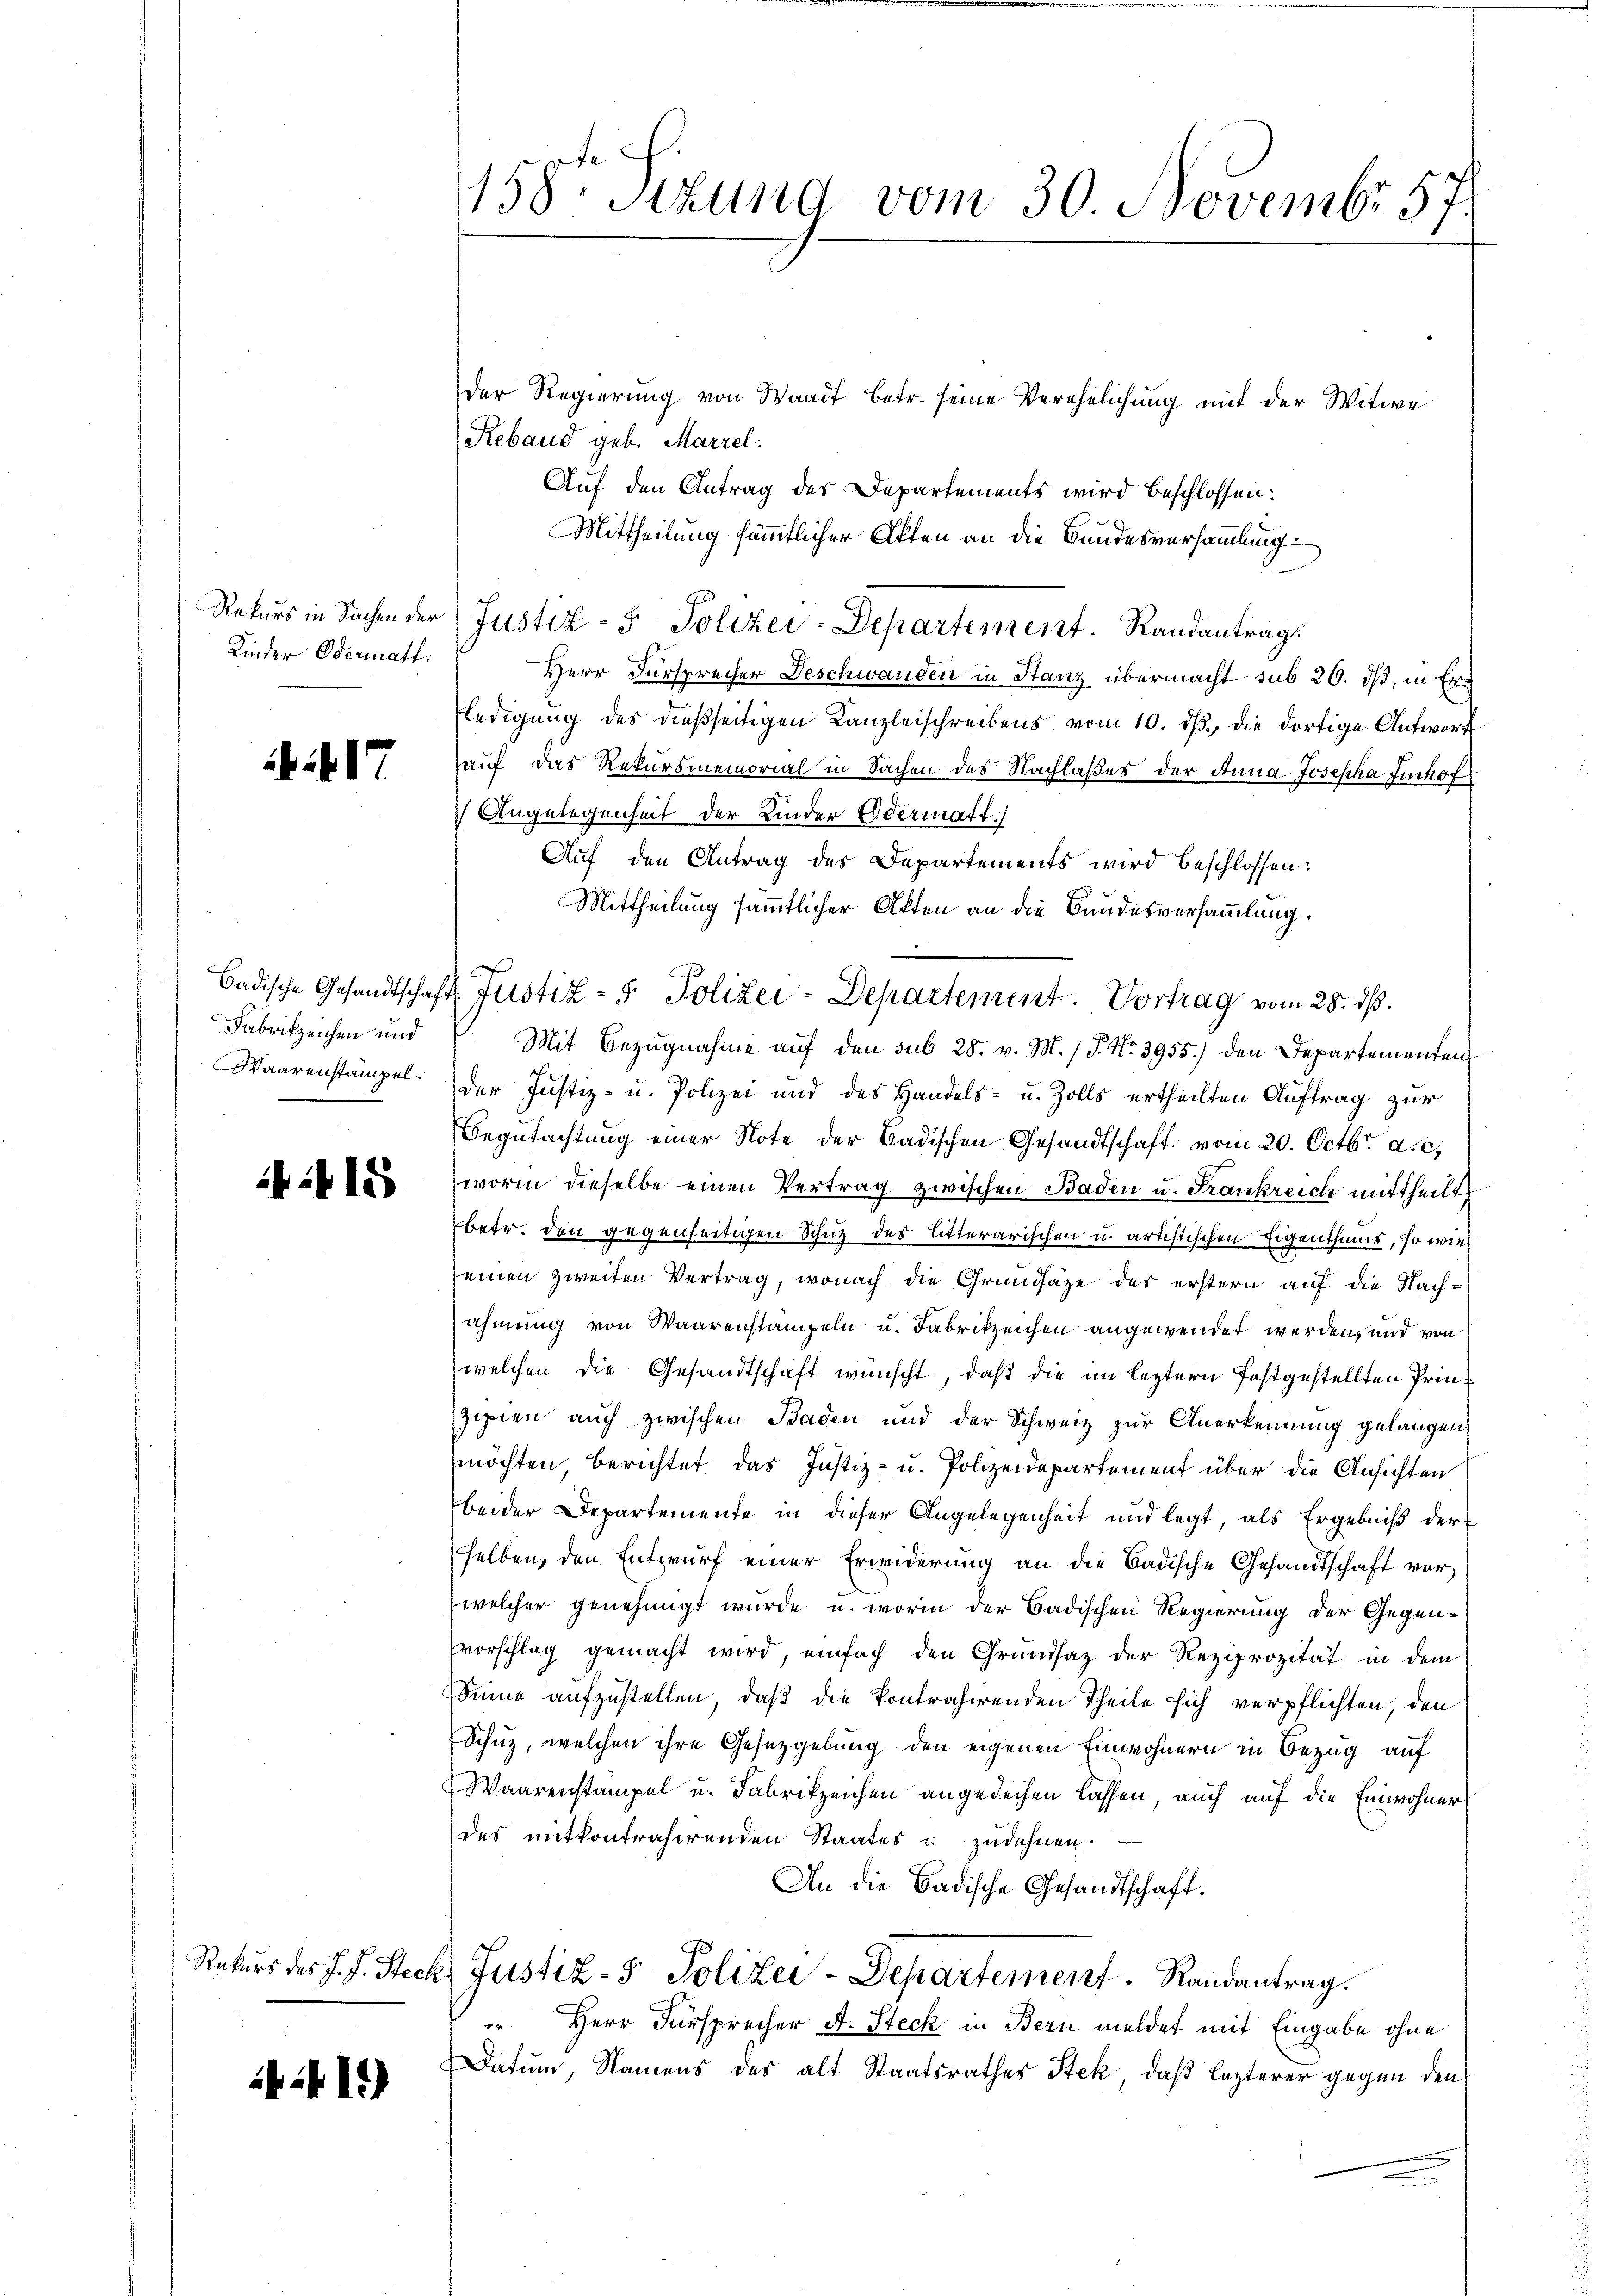
Kinder Odermatt.

it17

Fabrikzeichen und
Waarenstampel.

:415

12)

158. Stund vom 30 Novembr 57.

Der Regierung von Waadt betr. seine Verehelichung mit der Witwe
Reband geb. Marzel.
Auf den Antrag der Departements wird beschlossen:
Mittheilung sämmtlicher Akten an die Bundesversammlung
Rekurs in Sachen der Justiz- & Polizei-Departement. Randantrag.
Herr Fürsprecher Deschwanden in Stanz übermacht sub 20. dß, in Er¬
Eledigung des dießseitigen Kanzleischreibens vom 10. dβ, die dortige Antworf
auf das Rekursmemorial in Sachen des Nachlaßes der Anna Josepha Fuchof
 Angelegenheit der Kinder Edermatt.
Auf den Antrag des Departements wird beschlossen:
Mittheilung sämmtlicher Akten an die Bundesversammlung.
Badische Gesandtschaft Justiz- & Polizei-Departement. Vortrag vom 28. ds.
Mit Bezugnahme auf den sub 28. v. M. (T. No. 3955.) den Departementen
der Justiz- u. Polizei und des Handels- u. Zolls ertheilten Auftrag zur
Begutachtung einer Note der Badischen Gesandtschaft vom 20. Octbr. a. c.
worin dieselbe einen Vertrag zwischen Baden u. Frankreich mittheilt
betr. den gegenseitigen Schutz des Litterarischen u. artistischen Eigenthums, so wie
seinen zweiten Vertrag, wonach die Grundsätze des erstern auf die Nachahmung von Waarenstampeln u. Fabrikzeichen angewendet werden, und von
welchen die Gesandtschaft wünscht, daß die im leztern festgestellten Prinzipien auch zwischen Baden und der Schweiz zur Anerkennung gelangen,
möchten, berichtet das Justiz- u. Polizeidepartement über die Ansichten
beider Departemente in dieser Angelegenheit und legt, als Ergebniß der
selben, den Entwurf einer Erwiderung an die Badische Gesandtschaft vorwelcher genehmigt wurde u. worin der Badischen Regierung der Gegensvorschlag gemacht wird, einfach den Grundsaz der Reziprozität in dem
Sinne aufzustellen, daß die kontrahirenden Theile sich verpflichten, den
Schuz, welchen ihre Gesetzgebung den eigenen Einwohnern in Bezug auf
Waarenstampel u. Fabrikzeichen angedechen lassen, auch auf die Einwohner
des mitkontrahirenden Staates & zudehnen.
An die Badische Gesandtschaft.
Rekurs des J. J. Steck, Justiz- & Polizei-Departement. Randantrag.
4
Herr Fürsprecher A. Steck in Bern meldet mit Eingabe ohne
Datum, Namens des alt Staatsrathes Stek, daß lezterer gegen den